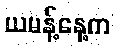
ယမန့်နေ့က